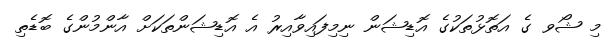
މި ޝޯވ ގެ އަތޮޅުތަކުގެ އޮޑިޝަން ނިމިފައިވާއިރު އެ އޮޑިޝަންތަކަށް އާންމުންގެ ބޮޑެތި